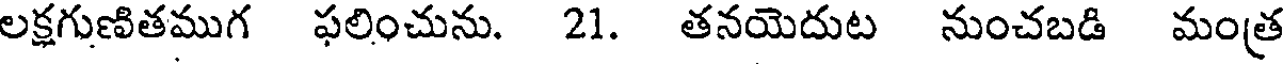
లక్షగుణితముగ ఫలించును. 21. తనయెదుట నుంచబడి మంత్ర